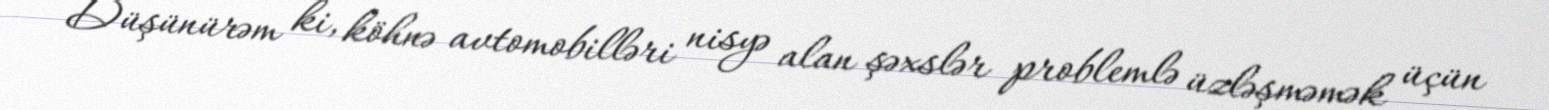
Düşünürəm ki, köhnə avtomobilləri nisyə alan şəxslər problemlə üzləşməmək üçün